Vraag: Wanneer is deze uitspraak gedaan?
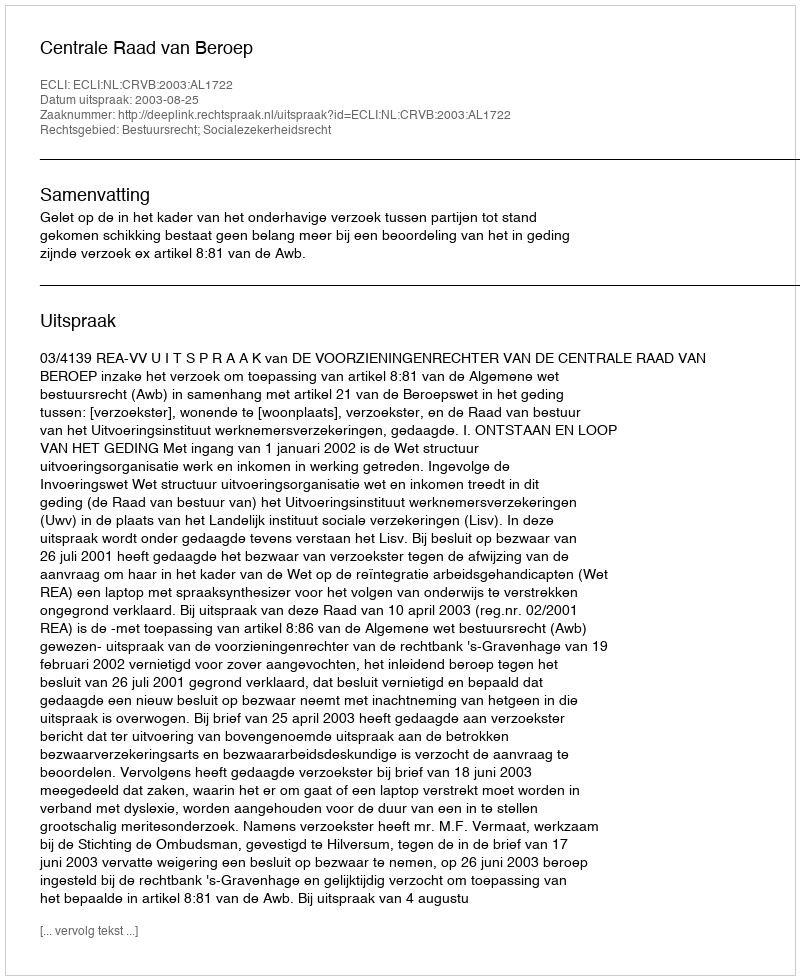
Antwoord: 2003-08-25